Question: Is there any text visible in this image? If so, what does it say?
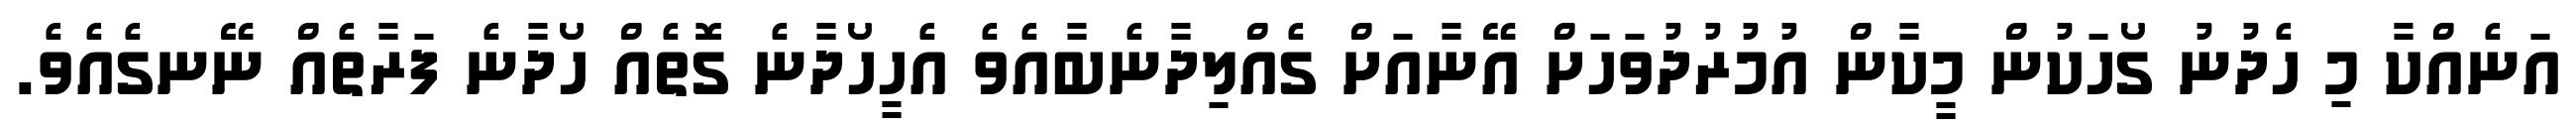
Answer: އަނެއްކާ މި ހެދުނު ގޯހަކުން މީކާން އުމުރުދުވަހަށް އޭނާއަށް ގެއްލިދާނެބާއެވެ އެހީހޯދާނެ ގޮތެއް ހޯދާނެ ފަރާތެއް ނޭނގެއެވެ.